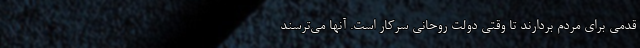
قدمی برای مردم بردارند تا وقتی دولت روحانی سرکار است. آنها می‌ترسند